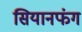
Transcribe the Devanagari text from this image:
सियानफंग